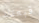
قبعتك